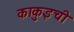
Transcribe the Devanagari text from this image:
काकुइची